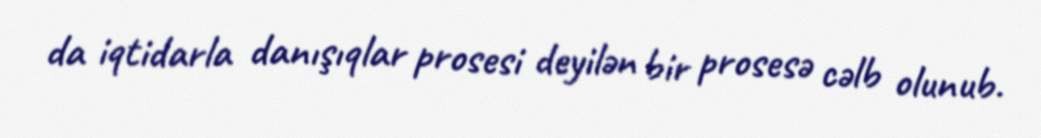
da iqtidarla danışıqlar prosesi deyilən bir prosesə cəlb olunub.